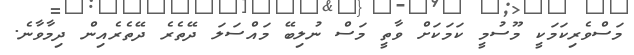
މަސްވެރިކަމަކީ މޫސުމީ ކަމަކަށް ވާތީ މަސް ނުލިބޭ މައްސަލަ ދޭތެރެ ދޭތެރެއިން ދިމާވާނެ.